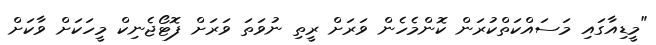
"މީޑިއާގައި މަސައްކަތްކުރަން ކޮންމެހެން ވަރަށް ރީތި ނުވަތަ ވަރަށް ފޮޓޯޖެނިކް މީހަކަށް ވާކަށް